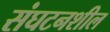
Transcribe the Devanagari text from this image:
संघटनशील